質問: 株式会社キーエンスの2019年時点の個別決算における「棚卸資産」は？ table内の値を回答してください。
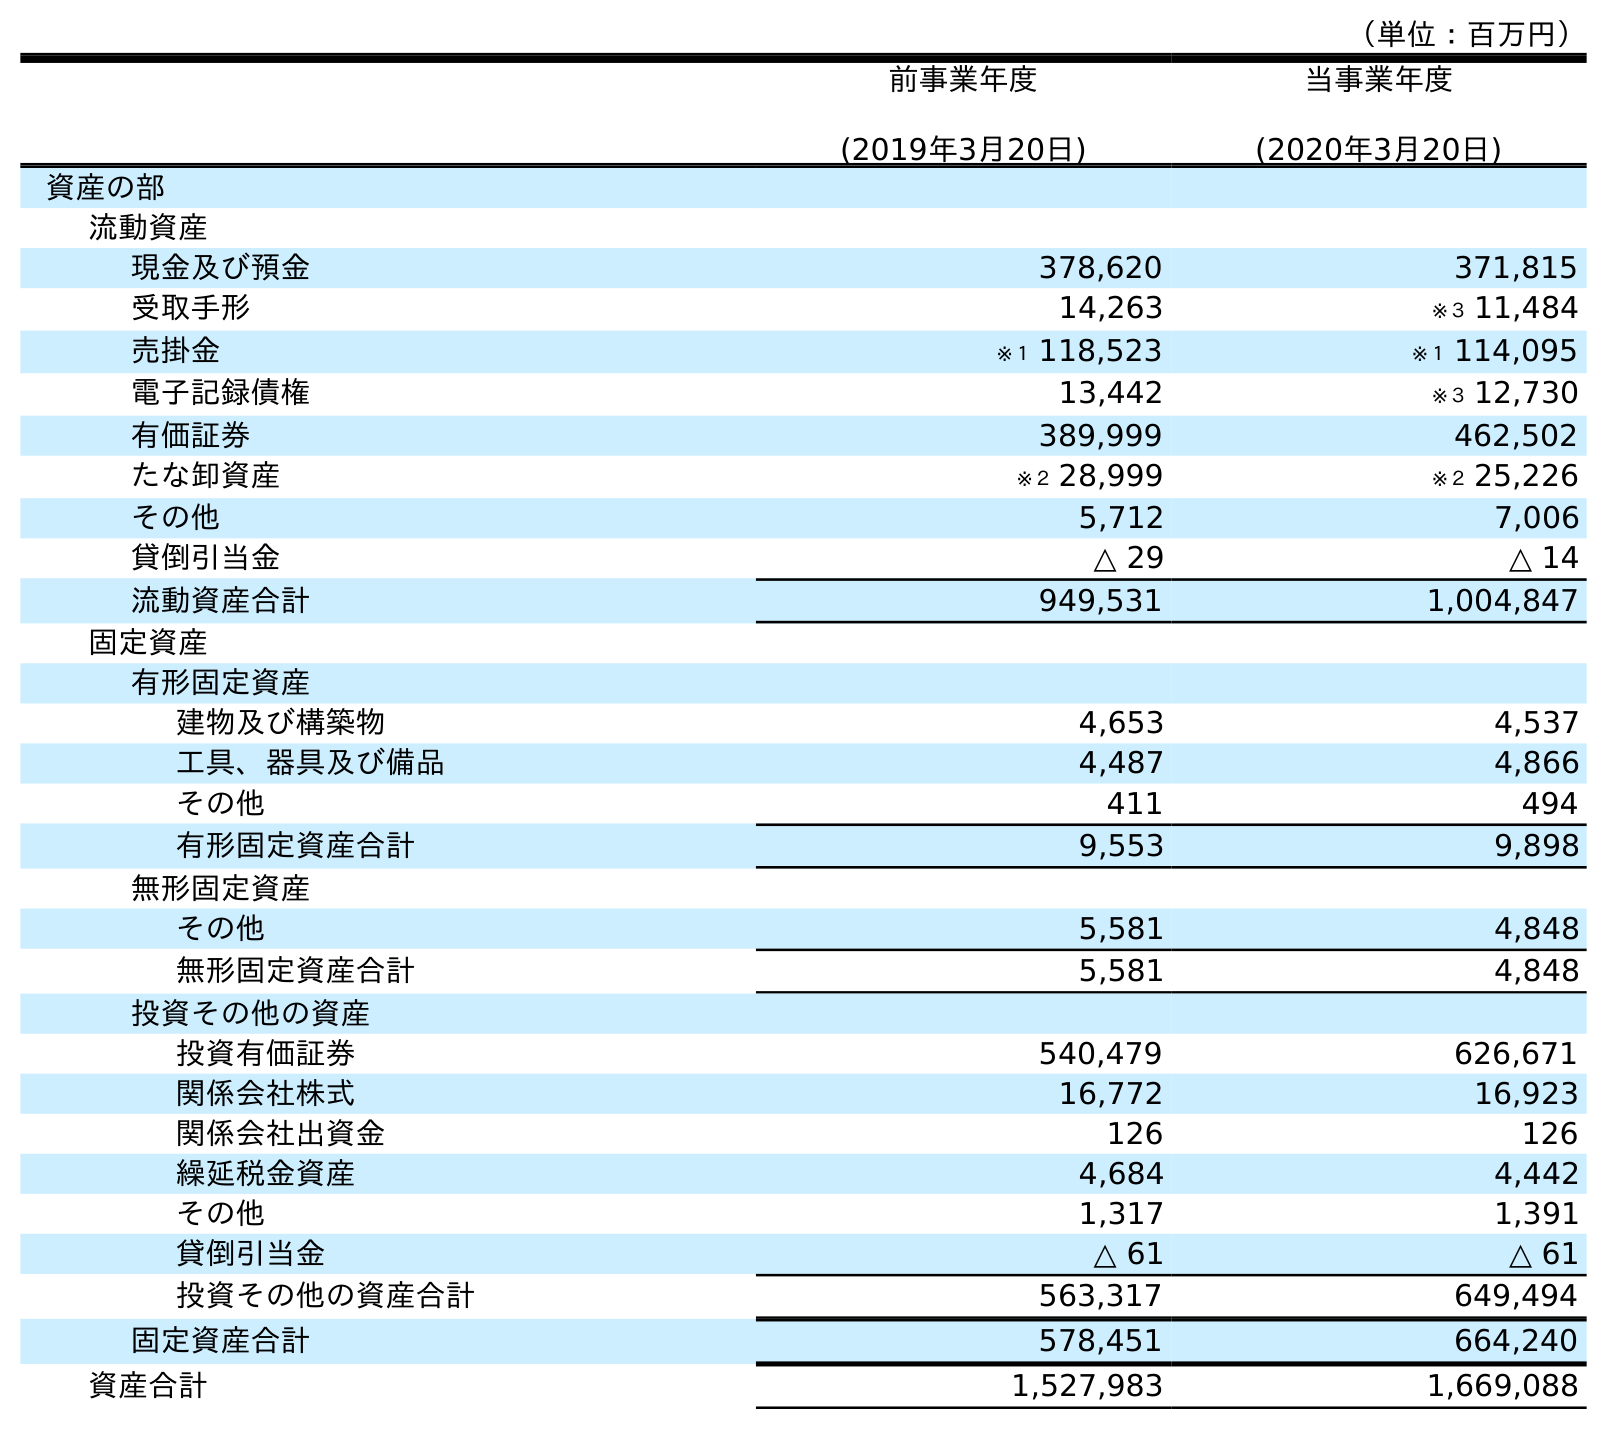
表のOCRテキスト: （単位：百万円） 前事業年度 (2019年3月20日) 当事業年度 (2020年3月20日) 資産の部 流動資産 現金及び預金 378,620 371,815 受取手形 14,263 ※３ 11,484 売掛金 ※１ 118,523 ※１ 114,095 電子記録債権 13,442 ※３ 12,730 有価証券 389,999 462,502 たな卸資産 ※２ 28,999 ※２ 25,226 その他 5,712 7,006 貸倒引当金 △ 29 △ 14 流動資産合計 949,531 1,004,847 固定資産 有形固定資産 建物及び構築物 4,653 4,537 工具、器具及び備品 4,487 4,866 その他 411 494 有形固定資産合計 9,553 9,898 無形固定資産 その他 5,581 4,848 無形固定資産合計 5,581 4,848 投資その他の資産 投資有価証券 540,479 626,671 関係会社株式 16,772 16,923 関係会社出資金 126 126 繰延税金資産 4,684 4,442 その他 1,317 1,391 貸倒引当金 △ 61 △ 61 投資その他の資産合計 563,317 649,494 固定資産合計 578,451 664,240 資産合計 1,527,983 1,669,088
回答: ※２28,999